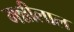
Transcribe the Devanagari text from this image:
मन्नीलाल